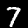
Digit: 7